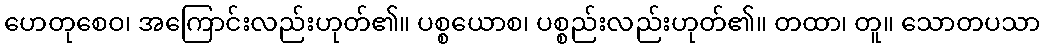
ဟေတုစေဝ၊ အကြောင်းလည်းဟုတ်၏။ ပစ္စယောစ၊ ပစ္စည်းလည်းဟုတ်၏။ တထာ၊ တူ။ သောတပသာ